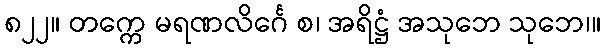
၈၂၂။ တက္ကေ မရဏလိင်္ဂေ စ၊ အရိဋ္ဌံ အသုဘေ သုဘေ၊။